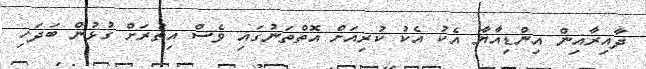
ދާއިރާއިން އިންޑިއާޔާ އެކު އެކު ކުރިއަށް އޮތްތަނުގައި ވެސް އިތުރަށް ގުޅުން ބަދަހި